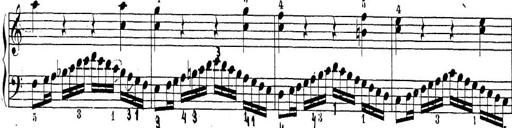
Title: Sonatina Album
Composer: Louis KÃ¶hler